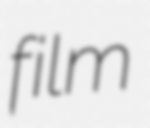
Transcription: film